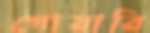
গোয়ারি